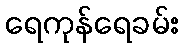
ရေကုန်ရေခမ်း